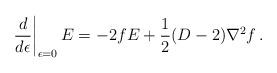
LaTeX: \begin{align*}\left. \frac{d}{d\epsilon} \right|_{\epsilon =0} E = -2fE +\frac 12 (D-2)\nabla^2 f \,.\end{align*}